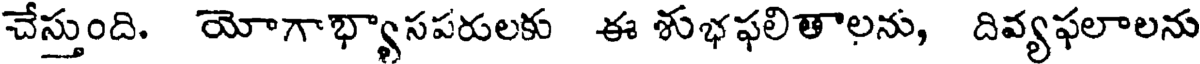
చేస్తుంది. యోగాభ్యాసపరులకు ఈ శుభఫలితాలను, దివ్యఫలాలను